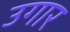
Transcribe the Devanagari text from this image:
उगार